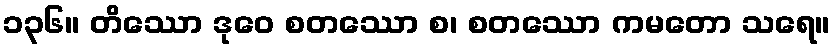
၁၃၆။ တိဿော ဒုဝေ စတဿော စ၊ စတဿော ကမတော သရေ။